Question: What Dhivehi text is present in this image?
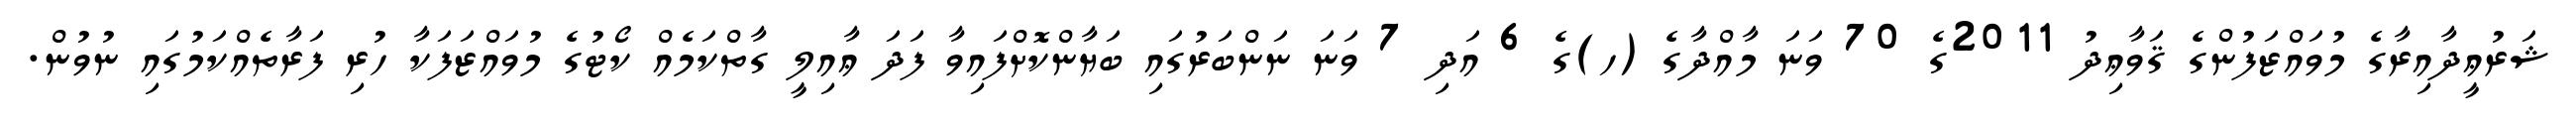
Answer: ޝަރުޢީދާއިރާގެ މުވައްޒަފުންގެ ޤަވާޢިދު 2011ގެ 70 ވަނަ މާއްދާގެ (ހ)ގެ 6 އަދި 7 ވަނަ ނަންބަރުގައި ބަޔާންކޮށްފައިވާ ފަދަ ޢާއިލީ ގާތްކަމެއް ކޯޓުގެ މުވައްޒަފަކާ ހުރި ފަރާތެއްކަމުގައި ނުވުން.